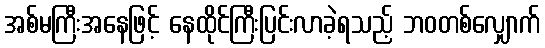
အစ်မကြီးအနေဖြင့် နေထိုင်ကြီးပြင်းလာခဲ့ရသည့် ဘဝတစ်လျှောက်